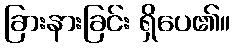
ခြားနားခြင်း ရှိပေ၏။